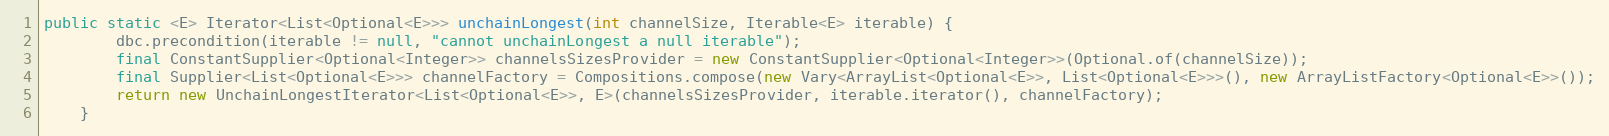
Language: Java
public static <E> Iterator<List<Optional<E>>> unchainLongest(int channelSize, Iterable<E> iterable) {
        dbc.precondition(iterable != null, "cannot unchainLongest a null iterable");
        final ConstantSupplier<Optional<Integer>> channelsSizesProvider = new ConstantSupplier<Optional<Integer>>(Optional.of(channelSize));
        final Supplier<List<Optional<E>>> channelFactory = Compositions.compose(new Vary<ArrayList<Optional<E>>, List<Optional<E>>>(), new ArrayListFactory<Optional<E>>());
        return new UnchainLongestIterator<List<Optional<E>>, E>(channelsSizesProvider, iterable.iterator(), channelFactory);
    }